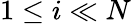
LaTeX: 1\leq i\ll N